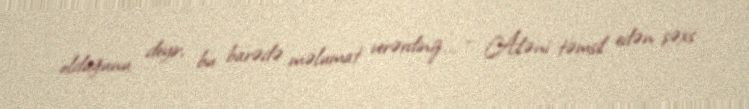
olduğunu deyir, bu barədə məlumat verərdiniz... - Ailəni təmsil edən şəxs